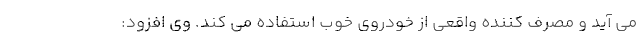
می آید و مصرف کننده واقعی از خودروی خوب استفاده می کند. وی افزود: